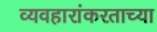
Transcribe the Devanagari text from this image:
व्यवहारांकरताच्या